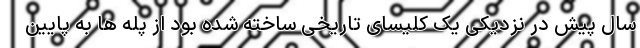
سال پیش در نزدیکی یک کلیسای تاریخی ساخته شده بود از پله ها به پایین